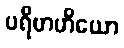
ပရိဗာဟိယော